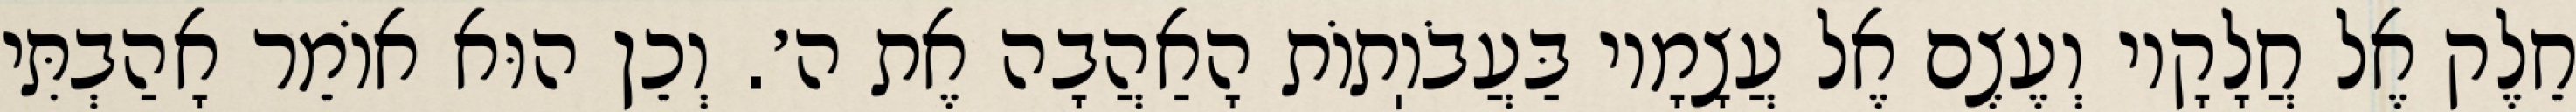
חֵלֶק אֶל חֲלָקָיו וְעֶצֶם אֶל עֲצָמָיו בַּעֲבֹוֽתוֹת הָאַהֲבָה אֶת ה׳. וְכֵן הוּא אוֹמֵר אָהַבְתִּי